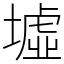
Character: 墟